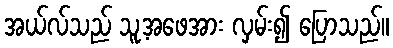
အယ်လ်သည် သူ့အဖေအား လှမ်း၍ ပြောသည်။